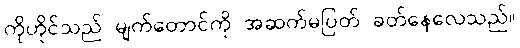
ကိုဟိုင်သည် မျက်တောင်ကို အဆက်မပြတ် ခတ်နေလေသည်။